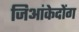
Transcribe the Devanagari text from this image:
जिआंकेदोंग